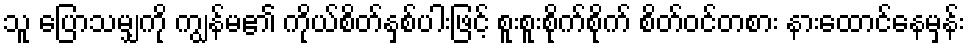
သူ ပြောသမျှကို ကျွန်မ၏ ကိုယ်စိတ်နှစ်ပါးဖြင့် စူးစူးစိုက်စိုက် စိတ်ဝင်တစား နားထောင်နေမှန်း